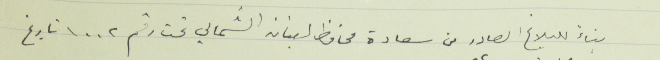
بناء للبلاغ الصادر عن سعادة محافظ لبنان الشمالي رقم ١٠٠٢ تاريخ